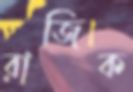
রাজিক